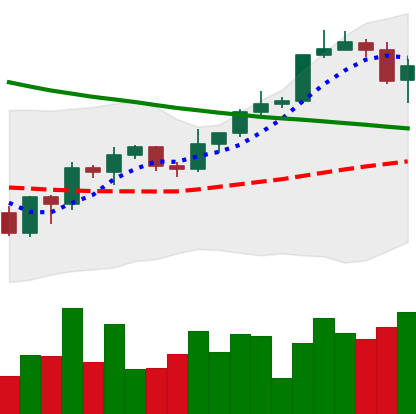
Ticker: BTC-USD
Chart end date: 2022-04-01
Forward return: -6.644%
Label: down_5_7